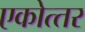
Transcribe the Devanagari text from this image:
एकोत्‍तर